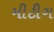
મીટીગ